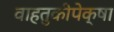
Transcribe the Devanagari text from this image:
वाहतुकीपेक्षा